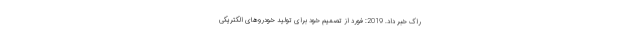
راک خبر داد. 2019: فورد از تصمیم خود برای تولید خودروهای الکتریکی